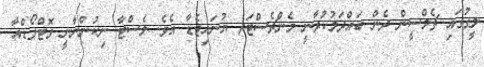
ލީގުގައި ޗެލްސީން ދެން ބައްދަލުކުރާނީ މެންޗެސްޓަރ ޔުނައިޓެޑާ އެވެ. ލެސްޓާ ނިކުންނާނީ ވޮޓްފޯޑްއާ